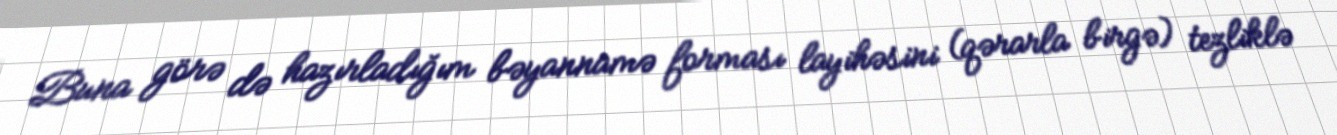
Buna görə də hazırladığım bəyannamə forması layihəsini (qərarla birgə) tezliklə